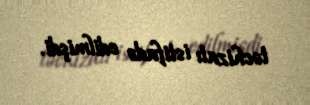
təchizatı istifadə edilmişdi.